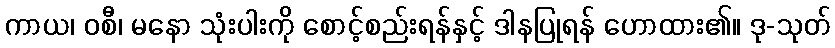
ကာယ၊ ဝစီ၊ မနော သုံးပါးကို စောင့်စည်းရန်နှင့် ဒါနပြုရန် ဟောထား၏။ ဒု-သုတ်